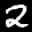
Label: 2